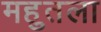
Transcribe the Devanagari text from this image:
महुतला